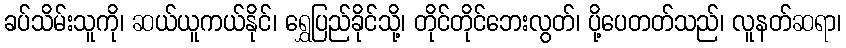
ခပ်သိမ်းသူကို၊ ဆယ်ယူကယ်နိုင်၊ ရွှေပြည်ခိုင်သို့၊ တိုင်တိုင်ဘေးလွတ်၊ ပို့ပေတတ်သည်၊ လူနတ်ဆရာ၊